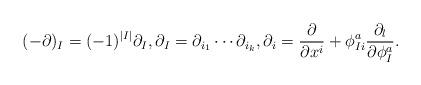
LaTeX: \begin{align*}(-\partial)_I=(-1)^{|I|}\partial_I ,\partial_I=\partial_{i_1}\cdots\partial_{i_k} , \partial_i=\frac{\partial}{\partial x^i}+\phi^a_{Ii}\frac{\partial_l}{\partial\phi^a_{I}} .\end{align*}